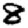
Digit: 8